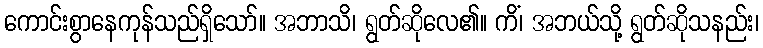
ကောင်းစွာနေကုန်သည်ရှိသော်။ အဘာသိ၊ ရွတ်ဆိုလေ၏။ ကိံ၊ အဘယ်သို့ ရွတ်ဆိုသနည်း၊